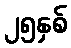
၂၅နှစ်